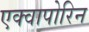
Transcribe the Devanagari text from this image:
एक्वापोरिन